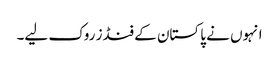
انہوں نے پاکستان کے فنڈز روک لیے۔